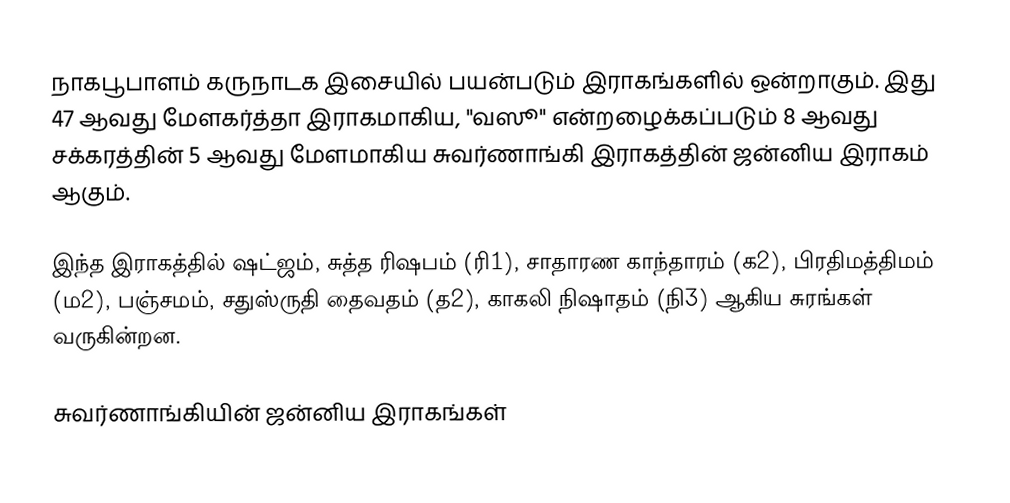
நாகபூபாளம் கருநாடக இசையில் பயன்படும் இராகங்களில் ஒன்றாகும். இது 47 ஆவது மேளகர்த்தா இராகமாகிய, "வஸூ" என்றழைக்கப்படும் 8 ஆவது சக்கரத்தின் 5 ஆவது மேளமாகிய சுவர்ணாங்கி இராகத்தின் ஜன்னிய இராகம் ஆகும்.

இந்த இராகத்தில் ஷட்ஜம், சுத்த ரிஷபம் (ரி1),  சாதாரண காந்தாரம் (க2), பிரதிமத்திமம் (ம2), பஞ்சமம், சதுஸ்ருதி தைவதம் (த2), காகலி நிஷாதம் (நி3) ஆகிய சுரங்கள் வருகின்றன.

சுவர்ணாங்கியின் ஜன்னிய இராகங்கள்